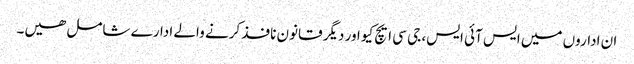
ان اداروں میں ایس آئی ایس، جی سی ایچ کیو اور دیگر قانون نافذ کرنے والے ادارے شامل ھیں۔